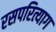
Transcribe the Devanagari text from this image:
रसपरित्याग